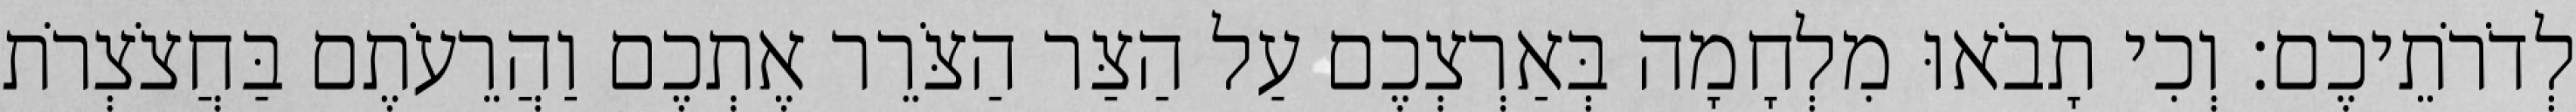
לְדֹרֹתֵיכֶם׃ וְכִי תָבֹאוּ מִלְחָמָה בְּאַרְצְכֶם עַל הַצַּר הַצֹּרֵר אֶתְכֶם וַהֲרֵעֹתֶם בַּחֲצֹצְרֹת